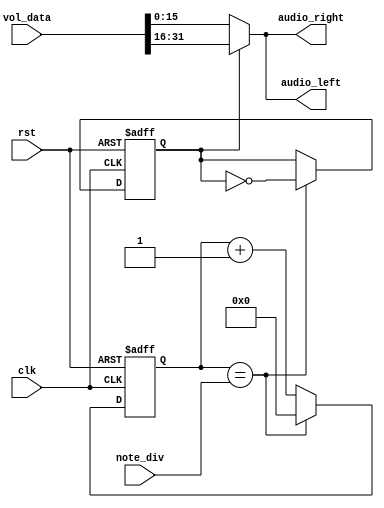
`timescale 1ns / 1ps
//////////////////////////////////////////////////////////////////////////////////
// Module Name:    buzzer_control 
//////////////////////////////////////////////////////////////////////////////////
module buzzer_control(
	clk,
	rst,
	note_div,
	vol_data,
	audio_left,
	audio_right
);

	input clk;
	input rst;
	input [19:0] note_div;
	input [31:0] vol_data;
	output [15:0] audio_left, audio_right;

	reg [19:0] clk_cnt_next, clk_cnt;
	reg b_clk, b_clk_next;

	always @(posedge clk or posedge rst)
	begin
		if (rst)
		begin
			clk_cnt <= 20'd0;
			b_clk <= 1'b0;
		end
		else
		begin
			clk_cnt <= clk_cnt_next;
			b_clk <= b_clk_next;
		end
	end

	always @*
	begin
		if (clk_cnt == note_div)
		begin
			clk_cnt_next = 20'd0;
			b_clk_next = ~b_clk;
		end
		else
		begin
			clk_cnt_next = clk_cnt + 1'b1;
			b_clk_next = b_clk;
		end
	end

	assign audio_left = (b_clk == 1'b0) ? vol_data[15:0] : vol_data[31:16];
	assign audio_right = (b_clk == 1'b0) ? vol_data[15:0] : vol_data[31:16];
endmodule